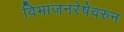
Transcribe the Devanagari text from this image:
विभाजनरेषेवरुन